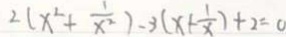
2 ( x ^ { 2 } + \frac { 1 } { x ^ { 2 } } ) - 3 ( x + \frac { 1 } { x } ) + 2 = 0